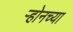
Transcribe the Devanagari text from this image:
ऱ्होनच्या